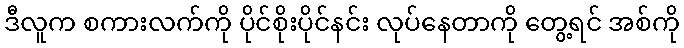
ဒီလူက စကားလက်ကို ပိုင်စိုးပိုင်နင်း လုပ်နေတာကို တွေ့ရင် အစ်ကို